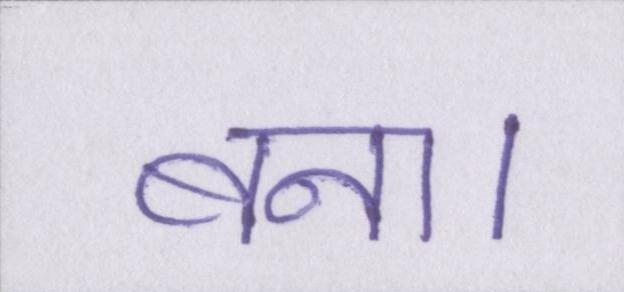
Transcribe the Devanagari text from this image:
बना।